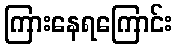
ကြားနေရကြောင်း